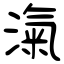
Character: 滊